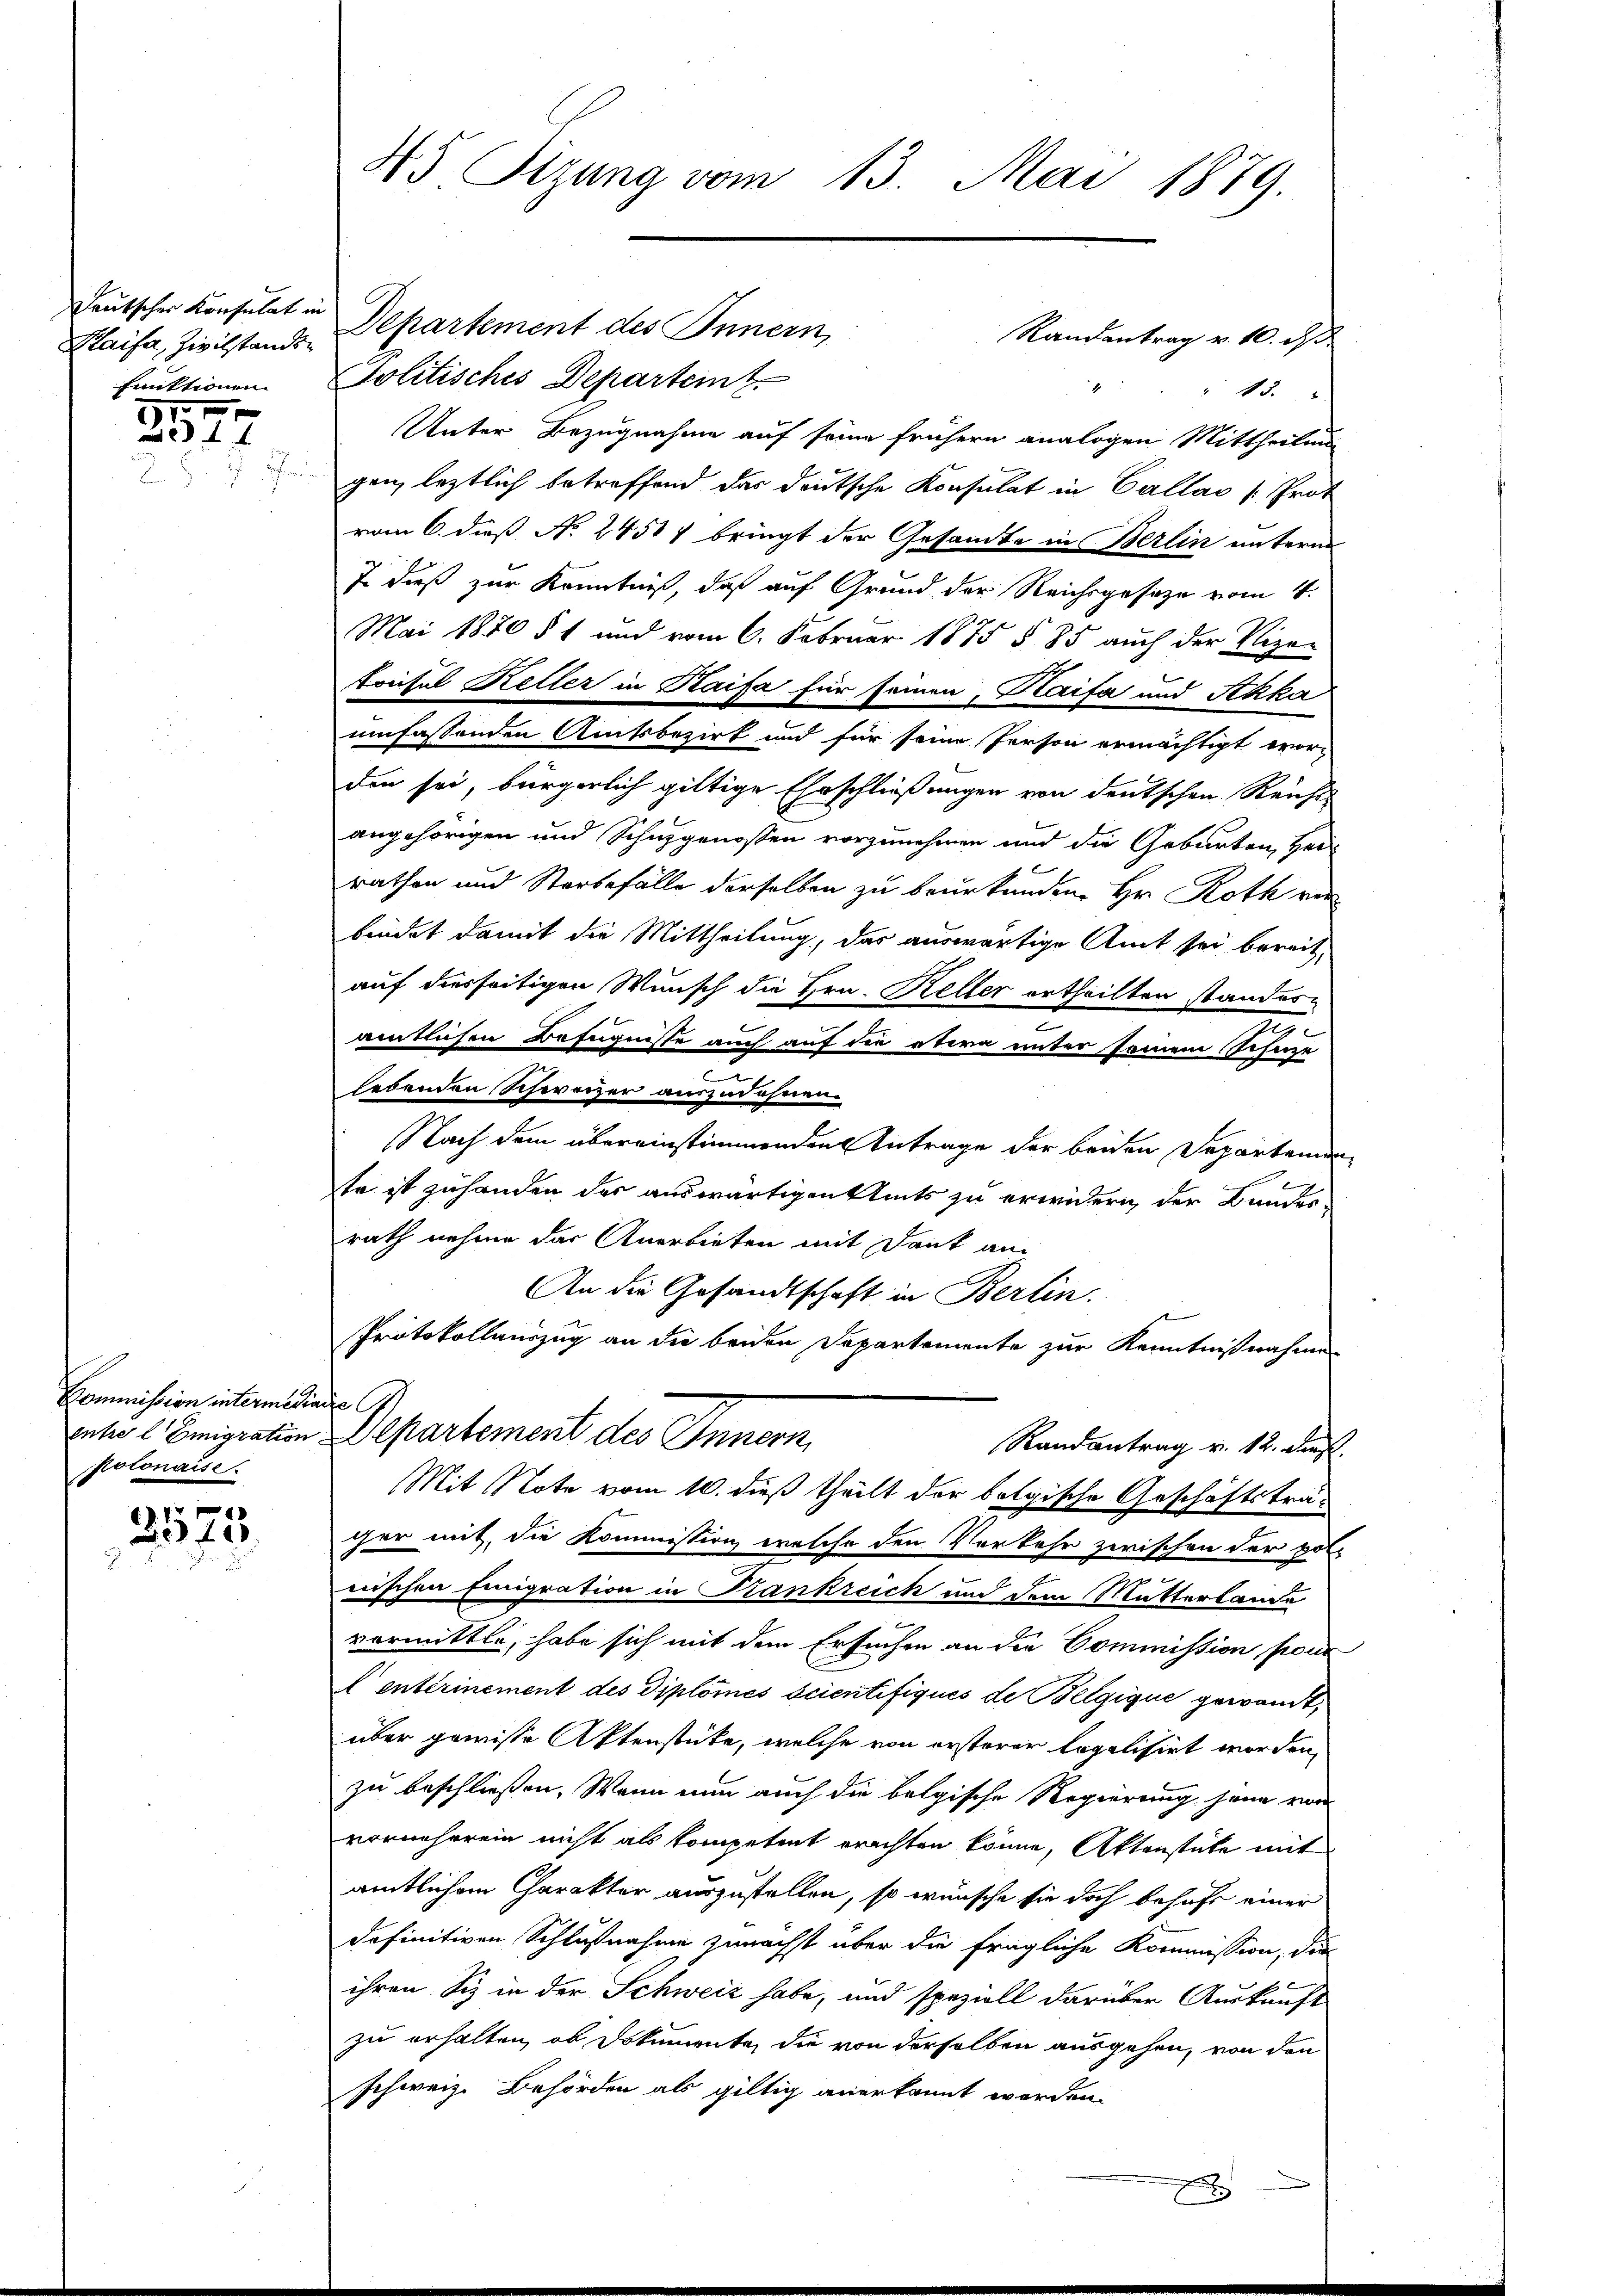
Teutscher Konsulat in
Maifa, Zivilstands
funktionen.

1 xx
4

Kommission intermediater
entre l Emigration
Polonaise.

17 x
49.

45 Sizung vom 13. Mai 1879

Departement des Innern,
Randantrag v. 10. d.
Politisches Departeint
" 43.
Unter Bezugnahme auf seine frühern analogen Mittheilung
gen, letztlich betreffend das deutsche Konsulat in Callas Prot
vom 6. dieß N. 24587 bringt der Gesandte in Berlin unterm
7. dieß zur Kenntniß, daß auf Grund der Reichsgesetze vom 4.
Mai 1870 § 1 und vom 6. Februar 1875 § 85 auch der Vize-
treifel Keller in Kaifa für seinen, Kaifa und Skka
umfassenden Amtsbezirk und für seine Person ermächtigt wor-
den sei, bürgerlich giltige Ehrschließungen von deutschen Reicht
angehörigen und Schuzgenossen vorzunehmen und die Geburten, Hei-
rathen und Sterbefälle derselben zu beurkunden. Hr. Roth vorbindet damit die Mittheilung, das auswärtige Amt sei bereit
auf diesseitigen Wunsch die Hrn. Keller ertheilten standes¬
.
amtlichen Befugnisse auch auf die etwa unter seinem Scheize
cu
lebenden Schweizer auszudehnen.
Nach dem übereinstimmenden Antrage der beiden Departemen
te ist zu handen der auswärtigen Amts zu erwidern, der Bundesrath nehme das Anerbieten mit Dank an
An die Gesandtschaft in Berlin.
e
Protokollauszug an die beiden Departemente zur Kenntnißnahme
Departement des Innern,
Randantrag v. 12. Dez.
Mit Note vom 10. dieß theilt der belgische Geschäftsträger mit, die Kommission, welche den Verkehr zwischen der poli
nischen Einigration in Krankreich und dem Mutterlande
vormittle, habe sich mit dem Ersuchen an die Commission, pour
l entrinement des Diplomes scientifiqués de Belgique gewandt,
über gewisse Aktenstücke, welche von ersterer legalisirt worden,
zu beschließen. Wenn nun auch die belgische Regierung han von
vornehmen nicht als kompetent erachten könne, Aktenstete mit
amtlichem Charakter auszustellen, so wünsche sie doch behufs einer
definitiven Schlußnahme zunächst über die fragliche Kommission, die
ihren Siz in der Schweiz habe, und speziell darüber Auskunft
zu erhalten, ob Dokumente, die von derselben ausgehen, von den
schweiz. Behörden als giltig anerkannt worden.

x